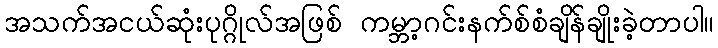
အသက်အငယ်ဆုံးပုဂ္ဂိုလ်အဖြစ် ကမ္ဘာ့ဂင်းနက်စ်စံချိန်ချိုးခဲ့တာပါ။